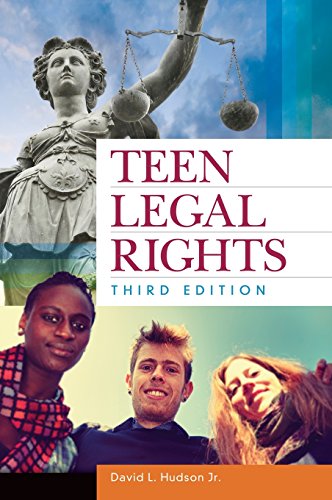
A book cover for Teen Legal Rights, 3rd Edition; David L. Hudson Jr.; Law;